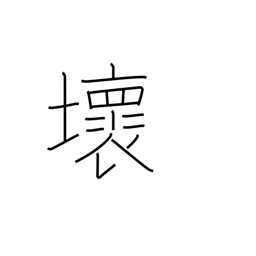
Meaning: destroy